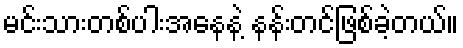
မင်းသားတစ်ပါးအနေနဲ့ နန်းတင်ဖြစ်ခဲ့တယ်။